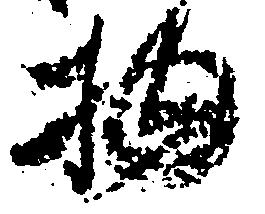
物